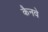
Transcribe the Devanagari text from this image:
कैनवे